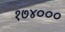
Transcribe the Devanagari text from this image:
१७४०००